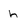
Character: h